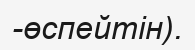
-өспейтін).